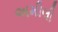
અમીલી